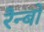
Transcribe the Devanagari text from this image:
रैन्बो